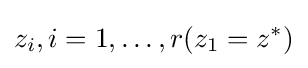
z_{i},i=1,\dots ,r(z_{1}=z^{*})